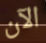
الآن